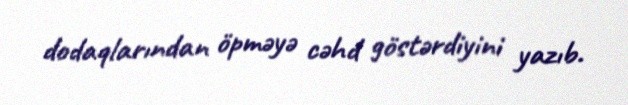
dodaqlarından öpməyə cəhd göstərdiyini yazıb.